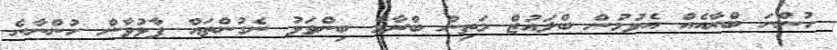
ހުންނަ ބްރާއެއް އެޅުމުން ބްލައުޒް މަތިން ބްރާގެ ބިންވަޅު ނެގުންތައް ފާޅުވާން ހުންނާނެ